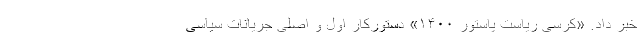
خبر داد. «کرسی ریاست پاستور ۱۴۰۰» دستورکار اول و اصلی جریانات سیاسی